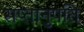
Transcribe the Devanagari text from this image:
सप्तानुपति